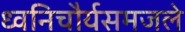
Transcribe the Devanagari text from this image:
ध्वनिचौर्यसमजले